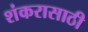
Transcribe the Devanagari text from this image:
शंकरासाठी